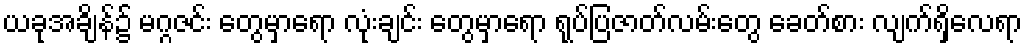
ယခုအချိန်၌ မဂ္ဂဇင်း တွေမှာရော လုံးချင်း တွေမှာရော ရုပ်ပြဇာတ်လမ်းတွေ ခေတ်စား လျက်ရှိလေရာ